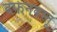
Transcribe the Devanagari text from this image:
दफनवस्तू